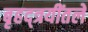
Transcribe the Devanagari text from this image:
बृहद्त्रयींतले